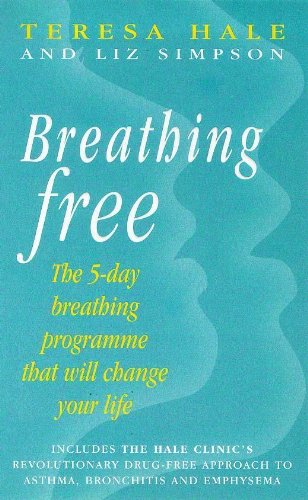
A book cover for Breathing Free: The 5-day Breathing Programme That Can Change Your Life; Teresa Hale; Health, Fitness & Dieting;